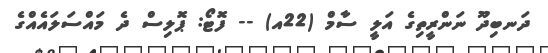
ދަނބިދޫ ނަންރީތިގެ އަލީ ސާމް (22އ) -- ފޮޓޯ: ޕޮލިސް ދެ މައްސަލައެއްގެ